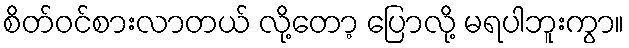
စိတ်ဝင်စားလာတယ် လို့တော့ ပြောလို့ မရပါဘူးကွာ။